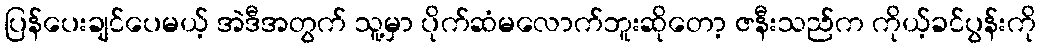
ပြန်ပေးချင်ပေမယ့် အဲဒီအတွက် သူ့မှာ ပိုက်ဆံမလောက်ဘူးဆိုတော့ ဇနီးသည်က ကိုယ့်ခင်ပွန်းကို